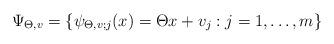
LaTeX: \begin{align*}\Psi_{\Theta,v}=\{\psi_{\Theta,v;j}(x)=\Theta x+v_j : j=1,\ldots,m\}\end{align*}